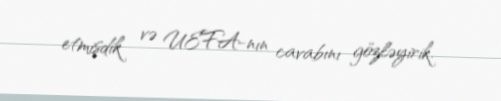
etmişdik və UEFA-nın cavabını gözləyirik.